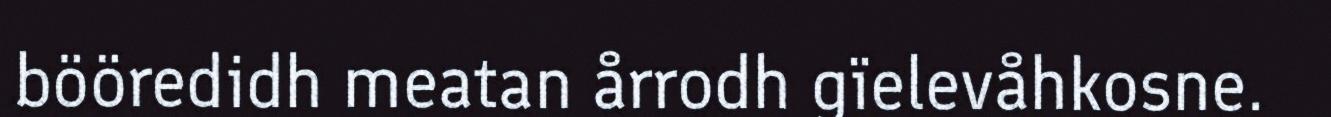
bööredidh meatan årrodh gïelevåhkosne.